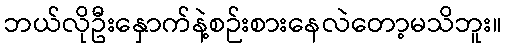
ဘယ်လိုဦးနှောက်နဲ့စဉ်းစားနေလဲတော့မသိဘူး။